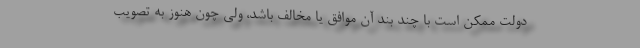
دولت ممکن است با چند بند آن موافق یا مخالف باشد، ولی چون هنوز به تصویب